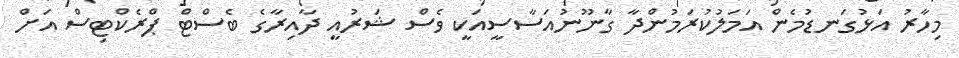
މިހާރު އަޅުގަނޑުމެން އަމަލުކުރަމުންދާ ގާނޫނުއަސާސީއަކީ ވެސް ޝަރުއީ ދާއިރާގެ ބެސްޓް ޕްރެކްޓިސް އަށް